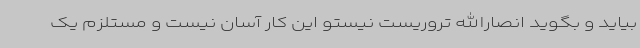
بیاید و بگوید انصارالله تروریست نیستو این کار آسان نیست و مستلزم یک